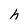
Character: e